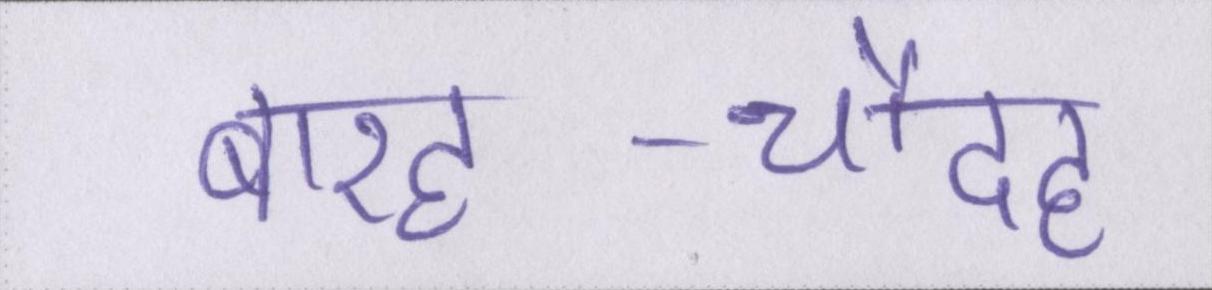
बारह-चौदह